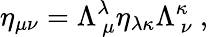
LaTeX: \eta_{\mu\nu}=\Lambda_{~\mu}^{\lambda}\eta_{\lambda\kappa}\Lambda_{~\nu}^{\kappa}~,